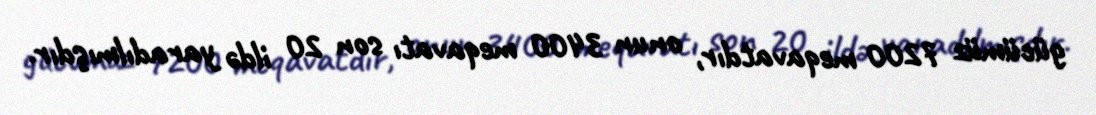
gücümüz 7200 meqavatdır, onun 3400 meqavatı son 20 ildə yaradılmışdır.